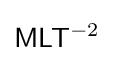
{\mathsf {M}}{\mathsf {L}}{\mathsf {T}}^{-2}